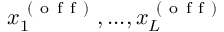
x _ { 1 } ^ { \mathrm { ~ ( ~ o ~ f ~ f ~ ) ~ } } , . . . , x _ { L } ^ { \mathrm { ~ ( ~ o ~ f ~ f ~ ) ~ } }